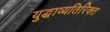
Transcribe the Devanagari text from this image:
युद्धाव्यतिरिक्त